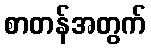
စာတန်အတွက်